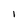
Character: 1